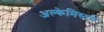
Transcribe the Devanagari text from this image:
अल्केमिस्टने